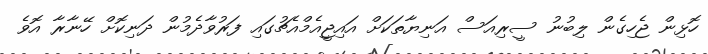
ހޮޅިން ޖެހިގެން ލިބުނު ސީރިއަސް އަނިޔާތަކަށް އައިޖީއެމްއެޗުގައި ފަރުވާދެމުން ދަނިކޮށް ހޭނާރާ އޮވެ